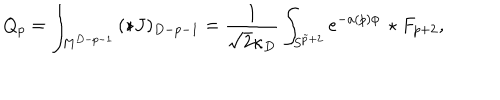
Q _ { p } = \int _ { M ^ { D - p - 1 } } \, ( \star J ) _ { D - p - 1 } = { \frac { 1 } { \sqrt { 2 } \kappa _ { D } } } \int _ { S ^ { \tilde { p } + 2 } } e ^ { - a ( p ) \phi } \, \star F _ { p + 2 } ,